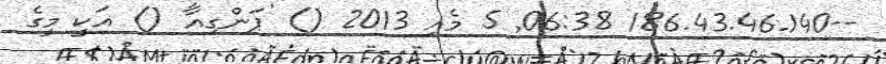
--186.43.46.140 06:38